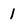
Character: 1